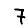
Digit: 7